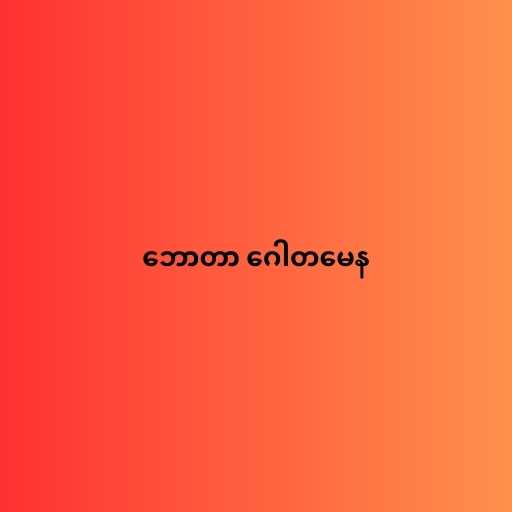
ဘောတာ ဂေါတမေန